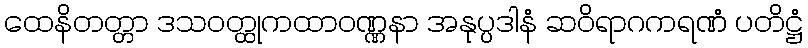
ထေနိတတ္တာ ဒသဝတ္ထုကထာဝဏ္ဏနာ အနုပ္ပဒါနံ ဆဝိရာဂကရဏံ ပတိဋ္ဌံ